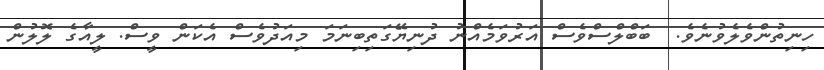
ހިނިތުންވެލެވުނެވެ.  ބަބްލްސްވެސް އަރުވަމެއްނު ދުނިޔޭގަތިބިނަމަ މިއަދުވެސް އެކަން ވީސް. ލީއާގެ ލޮލުން